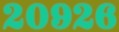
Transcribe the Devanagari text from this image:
२०९२६